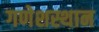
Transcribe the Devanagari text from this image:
गणेशस्थान